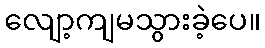
လျော့ကျမသွားခဲ့ပေ။